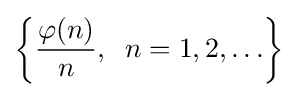
\left\{{\frac {\varphi (n)}{n}},\;\;n=1,2,\ldots \right\}